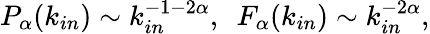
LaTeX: P_{\alpha}(k_{in})\sim k_{in}^{-1-2\alpha},\ \ F_{\alpha}(k_{in})\sim k_{in}^{-2\alpha},